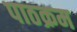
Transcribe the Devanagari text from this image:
पाठक्रम